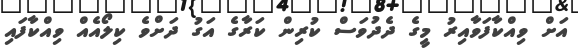
އަށް ވިއްކާފަވާއިރު މީގެ ދެދުވަސް ކުރިން ކަރާގެ އަގު ދަށްވެ ކިލޯއެއް ވިއްކާފައި